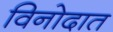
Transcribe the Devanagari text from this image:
विनोदात